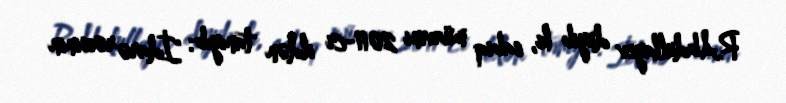
R.Abdullayev deyib ki, sabiq müavini 2011-ci ildən tanıyıb: "İdarə rəisinin